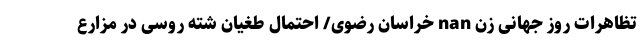
تظاهرات روز جهانی زن nan خراسان رضوی/ احتمال طغیان شَته روسی در مزارع